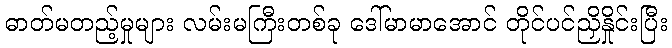
ဓာတ်မတည့်မှုများ လမ်းမကြီးတစ်ခု ဒေါ်မာမာအောင် တိုင်ပင်ညှိနှိုင်းပြီး